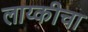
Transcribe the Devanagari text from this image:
लाय्कीचा